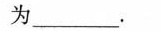
为___。